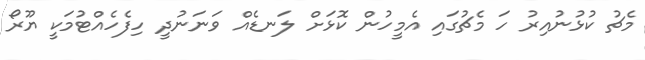
މެޗު ކުޅުނުއިރު ހަ މެޗުގައި އެމީހުން ކޮޅަށް ލަނޑެއް ވަނަނުދީ ހިފެހެއްޓުމަކީ ޔޫރޯ